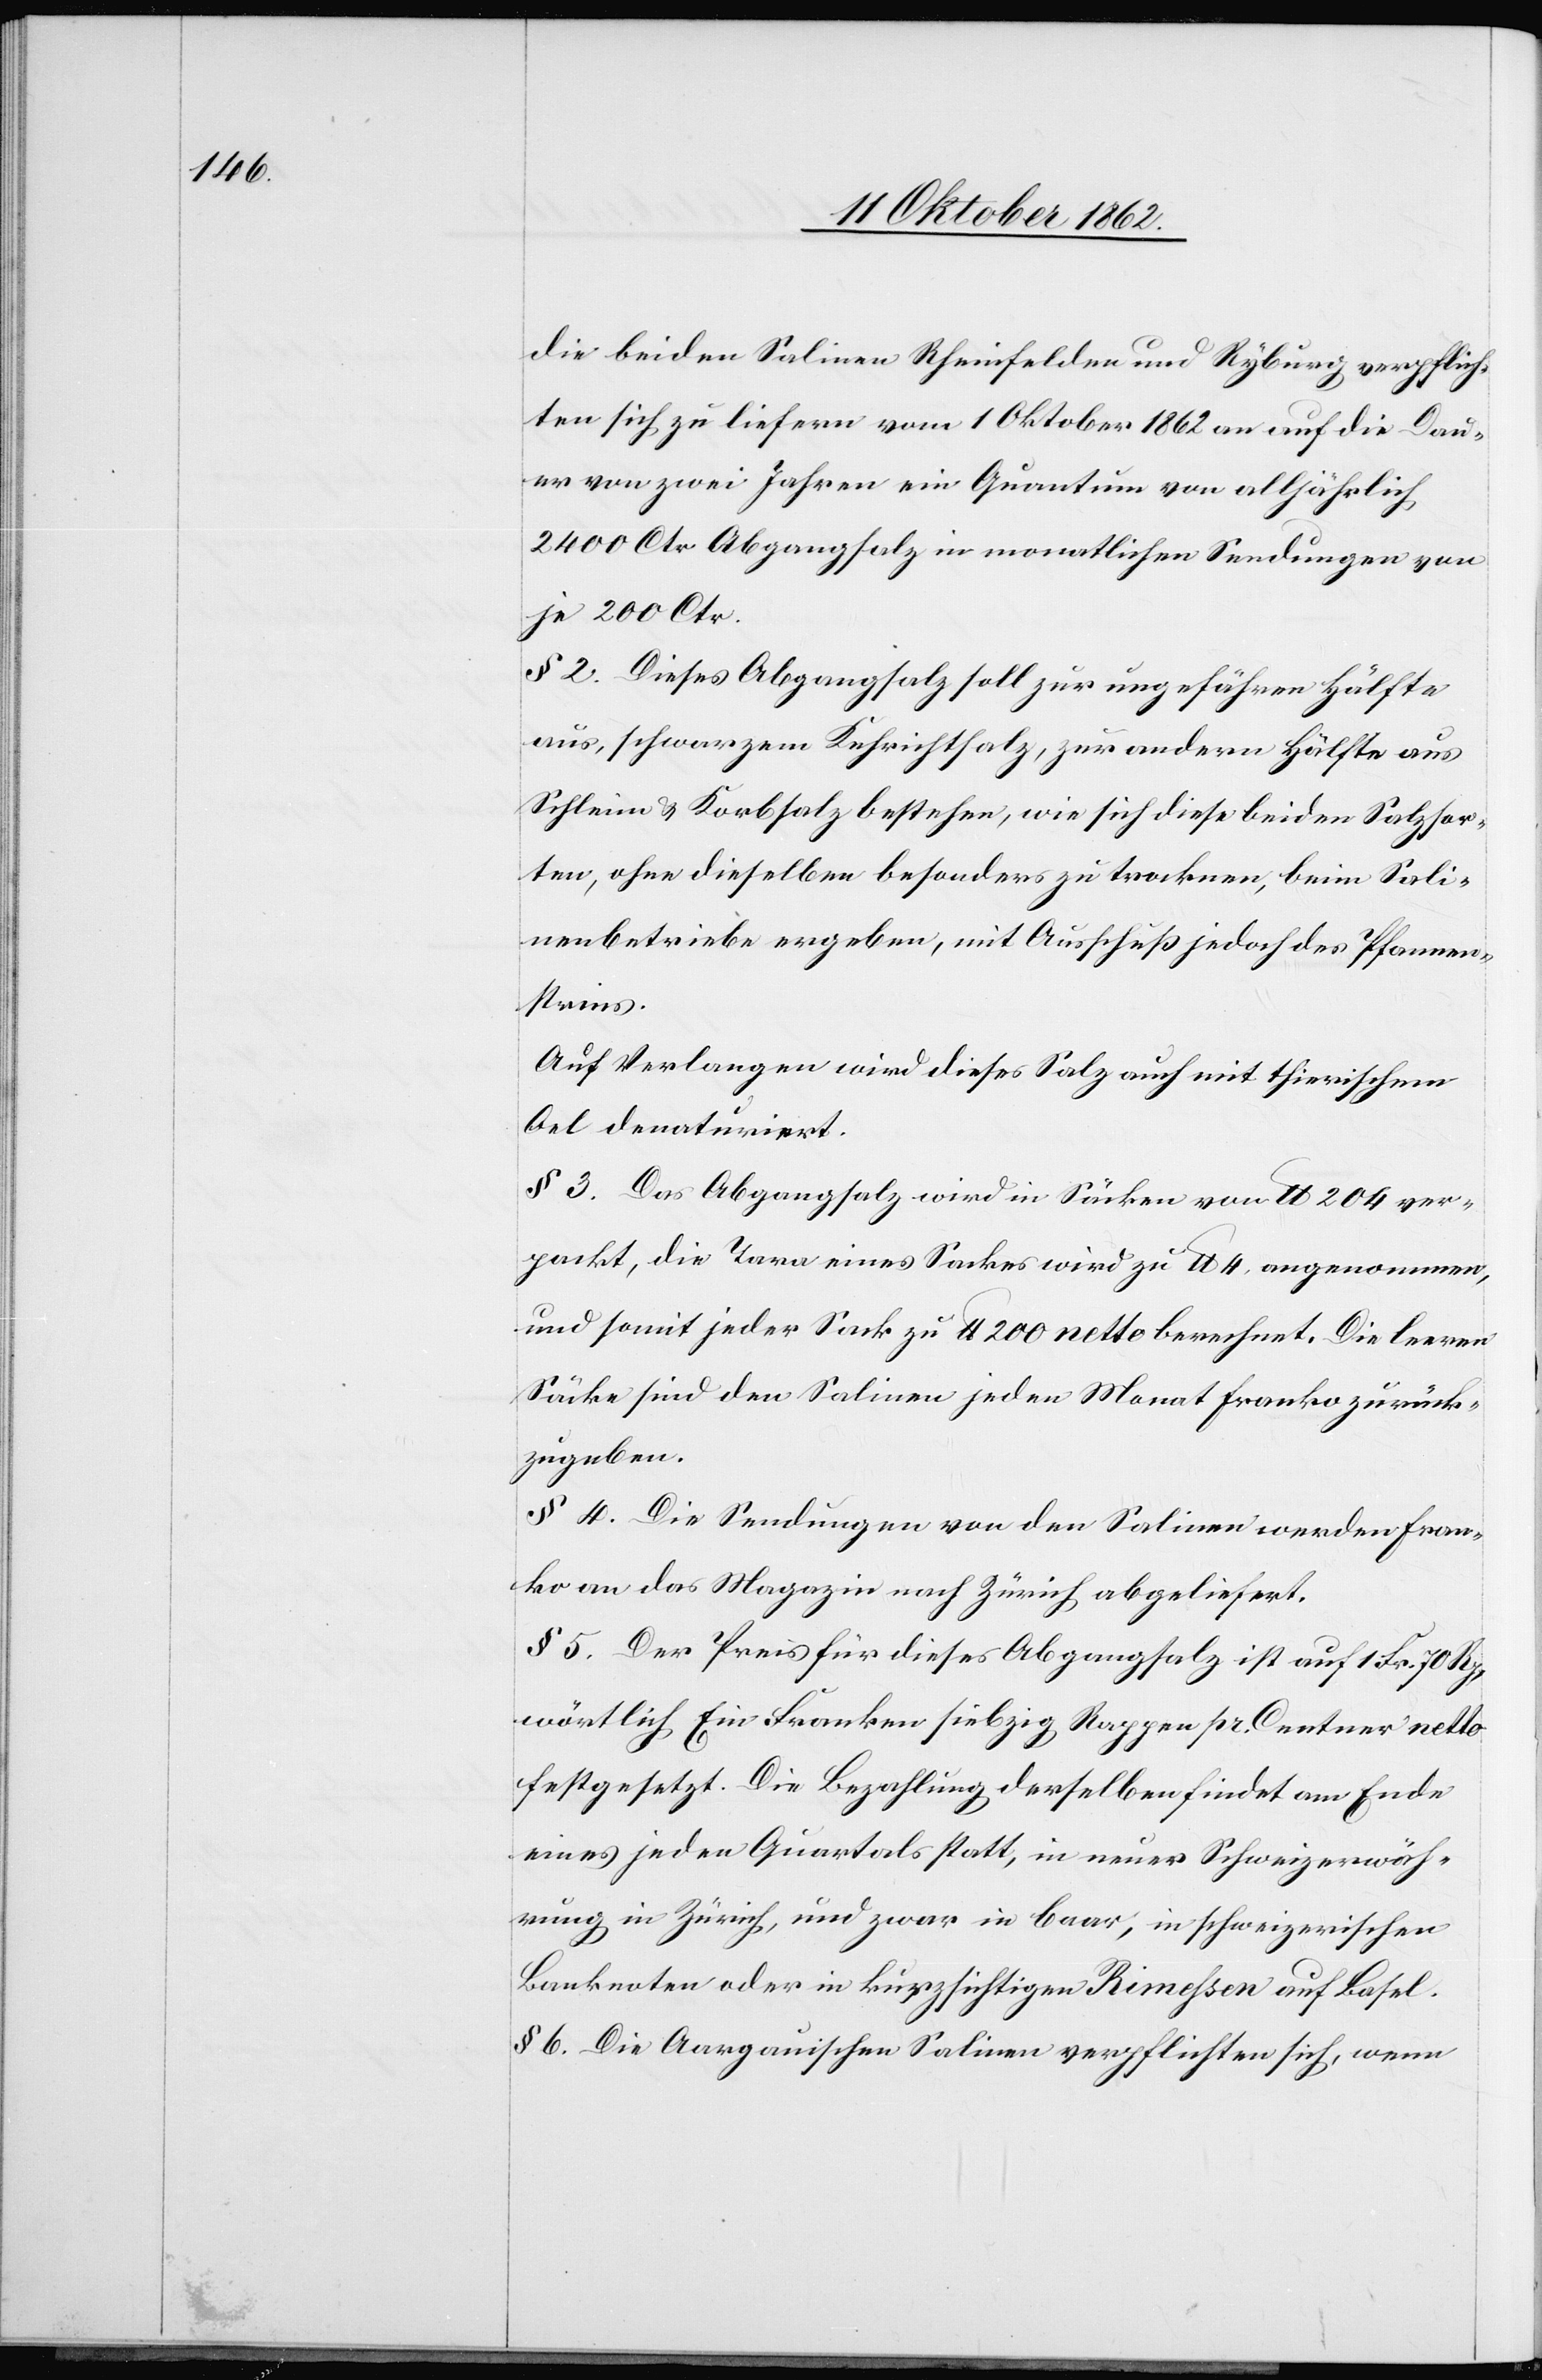
die beiden Salinen Rheinfelden und Ryburg verpflich¬
tet sich zu liefern vom 1. Oktober 1862 an auf die Dau¬
er von zwei Jahren ein Datum von alljährlich
2400 Ctr. Abgangsalz in monatlichen Sendungen von
je 200 Ctr.
§ 2. Dieses Abgangsalz soll zur ungefähren Hälfte
aus schwarzem Kehrichtsalz, zur andern Hälfe aus
Schleim u. Korbsalz bestehen, wie sich diese beiden Salzsor¬
ten, ohne dieselben besonders zu trocknen, beim Sali¬
nenbetriebe ergeben, mit Ausschuß jedoch des Pfannen¬
steins.
Auf Verlangen wird dieses Salz auch mit thierischem
Oel denaturirt.
§ 3. Das Abgangsalz wird in Säcken von lb. 204 ver¬
packt, die Tara eines Sackes wird zu lb. 4 angenommen,
und somit jeder Sack zu lb. 200 netto berechnet. Die leeren
Säcke sind den Salinen jeden Monat franko zurück¬
zugeben.
§ 4. Die Sendungen von den Salinen werden fran¬
ko an das Magazin nach Zürich abgeliefert.
§ 5. Der Preis für dieses Abgangsalz ist auf 1 Fr. 70 Rp.,
wörtlich ein Franken siebzig Rappen pr. Centner netto
festgesetzt. Die Bezahlung derselben findet am Ende
eines jeden Quartals statt, in neuer Schweizerwäh¬
rung in Zürich, und zwar in baar, in schweizerischen
Banknoten, oder in kurzsichtigen Remissen auf Basel.
§ 6. Die Aargauischen Salinen verpflichten sich, wenn